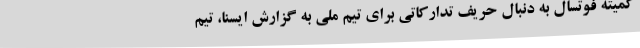
کمیته فوتسال به دنبال حریف تدارکاتی برای تیم ملی به گزارش ایسنا، تیم